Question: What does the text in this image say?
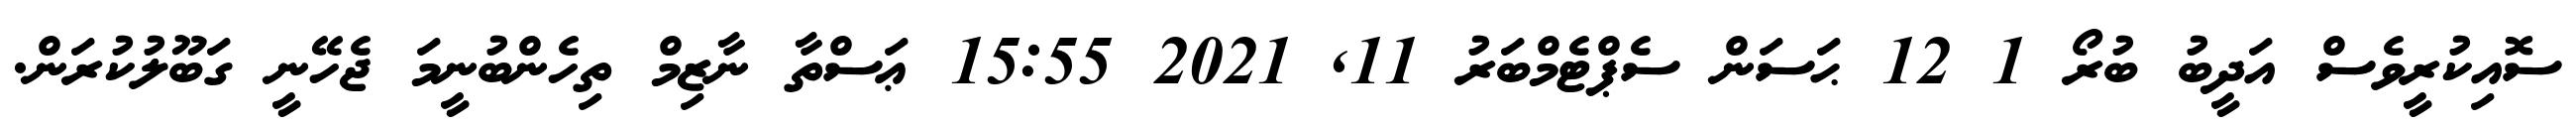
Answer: ސޮއިކުރީވެސް އަދީބު ބުރޯ 1 12 ޙަސަން ސެޕްޓެމްބަރު 11, 2021 15:55 ޢަސްތާ ނާޒިމް ތިހެންބުނީމަ ޖެހޭނީ ގަބޫލުކުރަން.